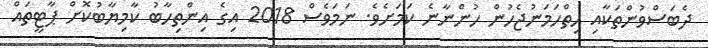
ދެބަސްވުންތަކާއި ހިތްހަމަނުޖެހުން ހުންނާނެ ކަމަށެވެ. ނަމަވެސް 2018 އިގެ އިންތިހާބު ކާމިޔާބުކޮށް ޕާޓީތައް